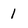
Character: 1